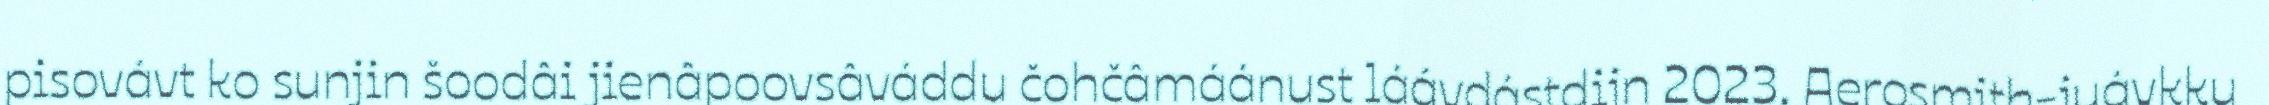
pisovávt ko sunjin šoodâi jienâpoovsâváddu čohčâmáánust láávdástdijn 2023. Aerosmith-juávkku